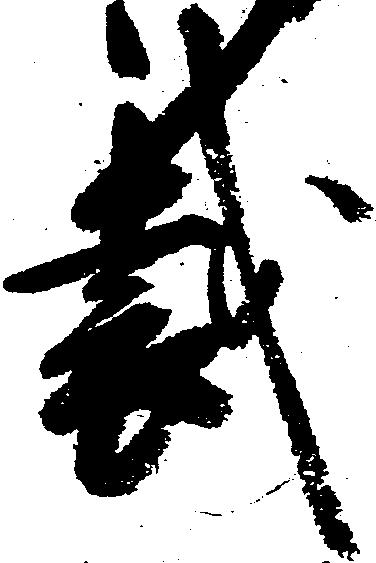
裁